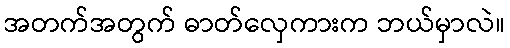
အတက်အတွက် ဓာတ်လှေကားက ဘယ်မှာလဲ။